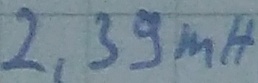
Text: 2,39mH